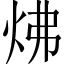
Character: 炥